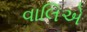
વાલિએ